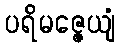
ပရိမဇ္ဇေယျံ